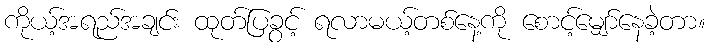
ကိုယ့်အရည်အချင်း ထုတ်ပြခွင့် ရလာမယ့်တစ်နေ့ကို စောင့်မျှော်နေခဲ့တာ။